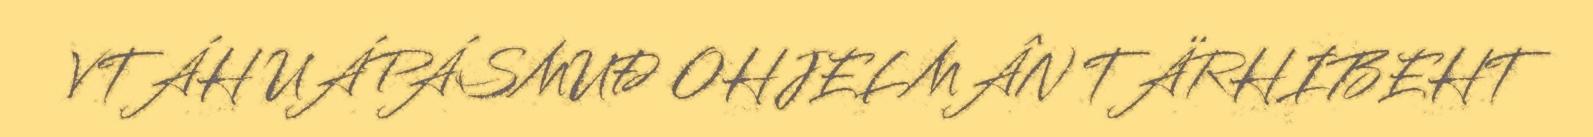
VTÁH UÁPÁSMUĐ OHJELMÂN TÄRHIBEHT